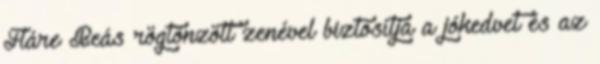
Fláre Beás rögtönzött zenével biztosítja a jókedvet és az